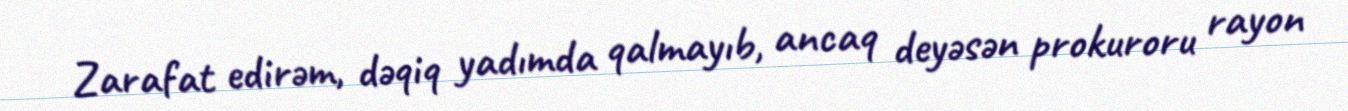
Zarafat edirəm, dəqiq yadımda qalmayıb, ancaq deyəsən prokuroru rayon